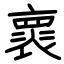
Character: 褱